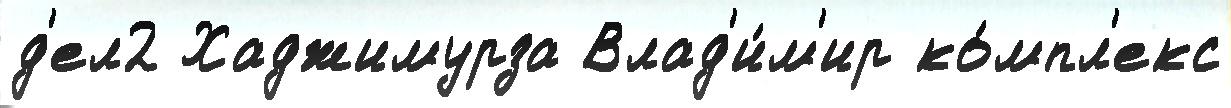
д'ел2 Хаджимурза Влад'и́м'ир ко́мпл'екс